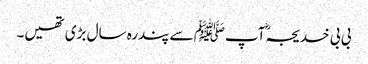
بی بی خدیجہؓ آپﷺ سے پندرہ سال بڑی تھیں۔